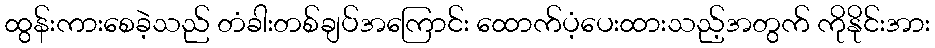
ထွန်းကားစေခဲ့သည် တံခါးတစ်ချပ်အကြောင်း ထောက်ပံ့ပေးထားသည့်အတွက် ကိုနိုင်းအား